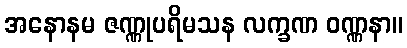
အနောနမ ဇဏ္ဏုပရိမသန လက္ခဏ ဝဏ္ဏနာ။